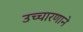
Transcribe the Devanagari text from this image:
उच्चारणाने